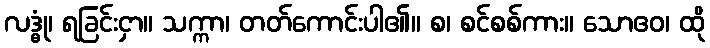
လဒ္ဓုံ၊ ရခြင်းငှာ။ သက္ကာ၊ တတ်ကောင်းပါ၏။ စ၊ စင်စစ်ကား။ သောဧဝ၊ ထို